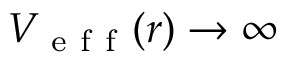
V _ { \mathrm { ~ e ~ f ~ f ~ } } ( r ) \rightarrow \infty